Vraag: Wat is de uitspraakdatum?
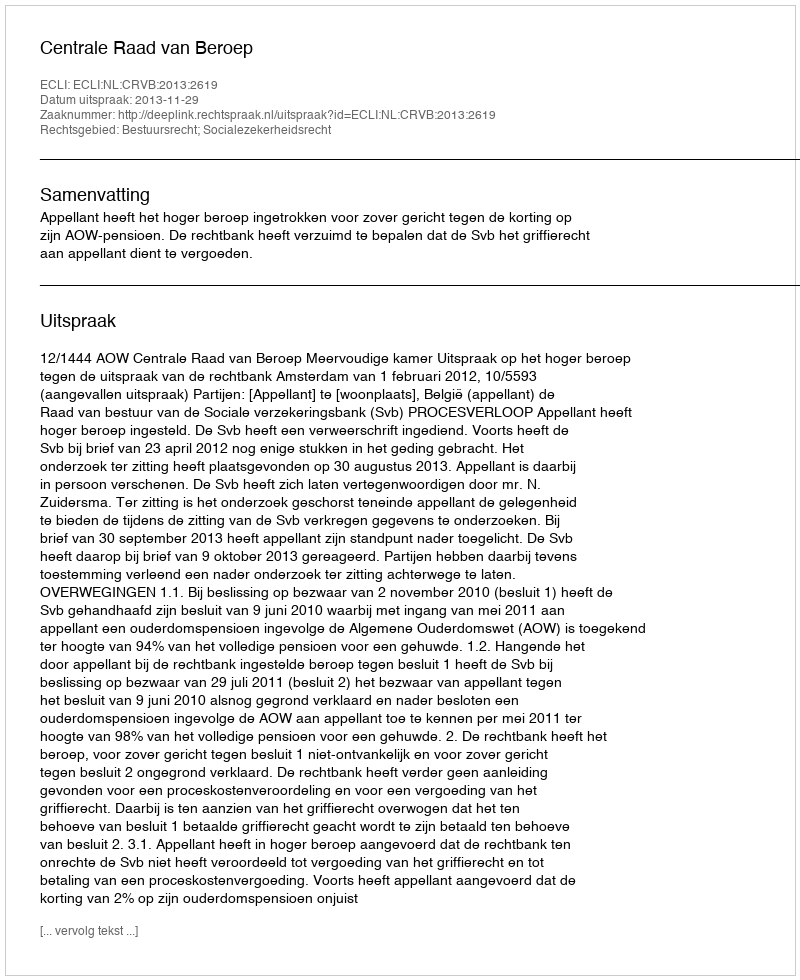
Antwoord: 2013-11-29